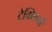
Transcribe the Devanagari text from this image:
टेक्सिनी